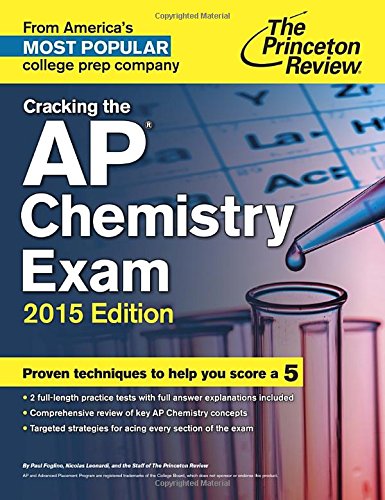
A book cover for Cracking the AP Chemistry Exam, 2015 Edition (College Test Preparation); Princeton Review; Test Preparation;